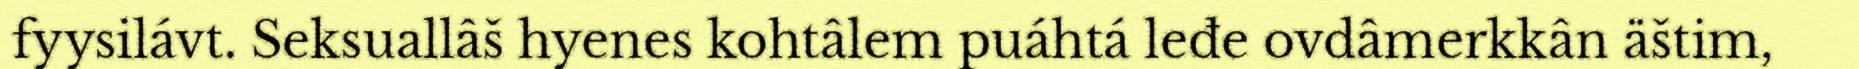
fyysilávt. Seksuallâš hyenes kohtâlem puáhtá leđe ovdâmerkkân äštim,